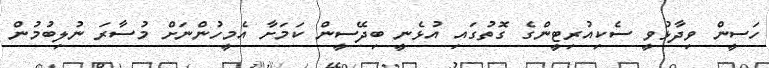
ހަސީން ވިދާޅުވީ ސެކިއުރިޓީންގެ ގޮތުގައި އުޅެނީ ބިދޭސީން ކަމަށާ އެމީހުންނަށް މުސާރަ ނުލިބުމުން